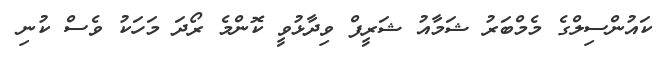
ކައުންސިލްގެ މެމްބަރު ޝަމާއު ޝަރީފް ވިދާޅުވީ ކޮންމެ ރޯދަ މަހަކު ވެސް ކުނި